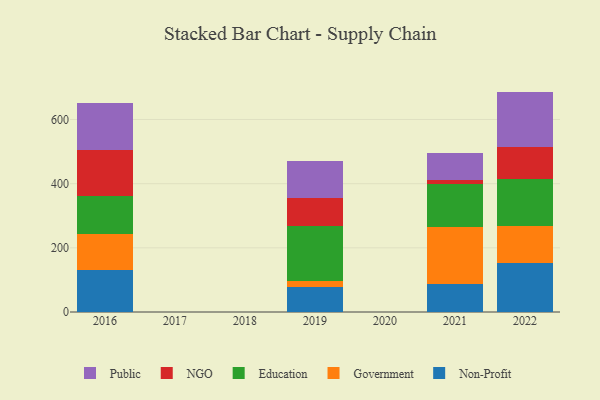
{"axis": {"x": "Year", "y": "Active Users"}, "legend": ["Education", "Government", "NGO", "Non-Profit", "Public"], "data": [{"x": "2021", "y": 87.4, "type": "Non-Profit"}, {"x": "2021", "y": 176.9, "type": "Government"}, {"x": "2021", "y": 136.1, "type": "Education"}, {"x": "2021", "y": 11.3, "type": "NGO"}, {"x": "2021", "y": 82.8, "type": "Public"}, {"x": "2016", "y": 130.7, "type": "Non-Profit"}, {"x": "2016", "y": 113.3, "type": "Government"}, {"x": "2016", "y": 118.4, "type": "Education"}, {"x": "2016", "y": 143.7, "type": "NGO"}, {"x": "2016", "y": 146.8, "type": "Public"}, {"x": "2022", "y": 152.2, "type": "Non-Profit"}, {"x": "2022", "y": 116.0, "type": "Government"}, {"x": "2022", "y": 146.6, "type": "Education"}, {"x": "2022", "y": 99.3, "type": "NGO"}, {"x": "2022", "y": 172.8, "type": "Public"}, {"x": "2019", "y": 79.3, "type": "Non-Profit"}, {"x": "2019", "y": 16.8, "type": "Government"}, {"x": "2019", "y": 170.6, "type": "Education"}, {"x": "2019", "y": 89.7, "type": "NGO"}, {"x": "2019", "y": 113.7, "type": "Public"}]}